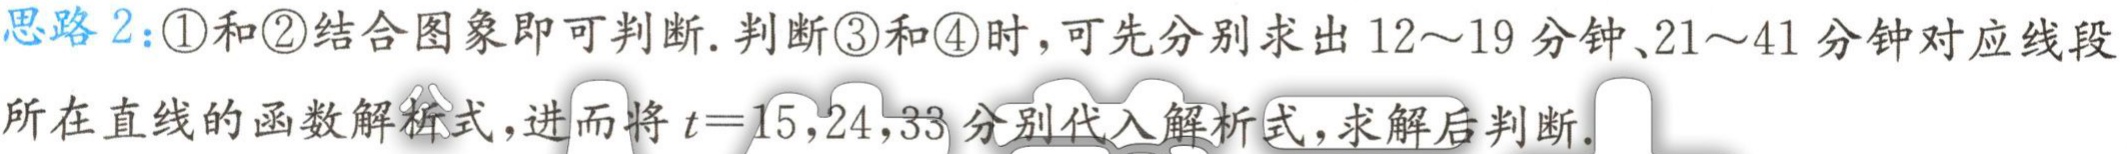
思路 2：\textcircled{1}和\textcircled{2}结合图象即可判断. 判断\textcircled{3}和\textcircled{4}时，可先分别求出 12～19 分钟、21～41 分钟对应线段
所在直线的函数解析式，进而将\(t = 15,24,33\)分别代入解析式，求解后判断.